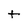
Character: t